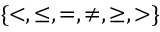
\{ < , \leq , = , \neq , \geq , > \}